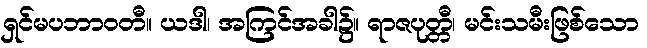
ရှင်မပဘာဝတီ။ ယဒါ၊ အကြင်အခါ၌။ ရာဇပုတ္တီ၊ မင်းသမီးဖြစ်သော